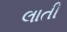
લાતી